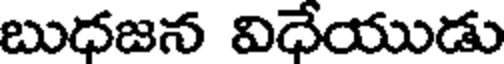
బుధజన విధేయుడు